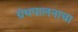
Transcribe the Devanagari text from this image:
ग्रंथपालनाचा